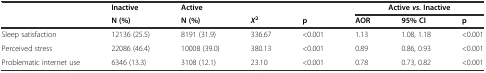
<table><thead><tr><td></td><td><b>Inactive</b></td><td><b>Active</b></td><td></td><td></td><td colspan="3"><b>Active <i>vs</i>. Inactive</b></td></tr><tr><td></td><td><b>N (%)</b></td><td><b>N (%)</b></td><td><b><i>X</i><sup>2</sup></b></td><td><b>p</b></td><td><b>AOR</b></td><td><b>95% CI</b></td><td><b>p</b></td></tr></thead><tbody><tr><td>Sleep satisfaction</td><td>12136 (25.5)</td><td>8191 (31.9)</td><td>336.67</td><td>&lt;0.001</td><td>1.13</td><td>1.08, 1.18</td><td>&lt;0.001</td></tr><tr><td>Perceived stress</td><td>22086 (46.4)</td><td>10008 (39.0)</td><td>380.13</td><td>&lt;0.001</td><td>0.89</td><td>0.86, 0.93</td><td>&lt;0.001</td></tr><tr><td>Problematic internet use</td><td>6346 (13.3)</td><td>3108 (12.1)</td><td>23.10</td><td>&lt;0.001</td><td>0.78</td><td>0.73, 0.82</td><td>&lt;0.001</td></tr></tbody></table>